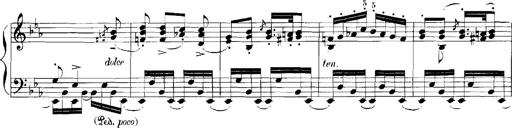
Title: Rhapsodies hongroises
Composer: Franz Liszt